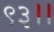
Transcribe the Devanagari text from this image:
९३।।